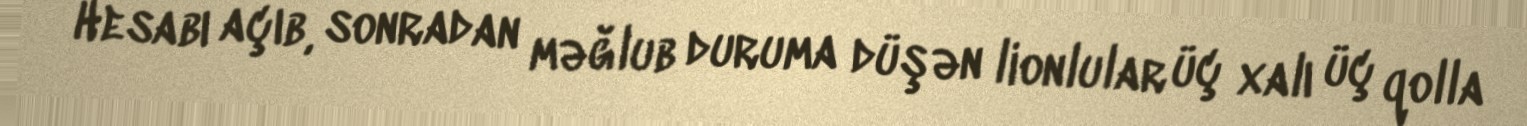
Hesabı açıb, sonradan məğlub duruma düşən lionlular üç xalı üç qolla